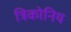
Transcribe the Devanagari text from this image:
त्रिकोनिय